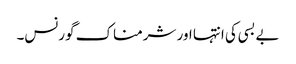
بے بسی کی انتہا اور شرمناک گورنس۔